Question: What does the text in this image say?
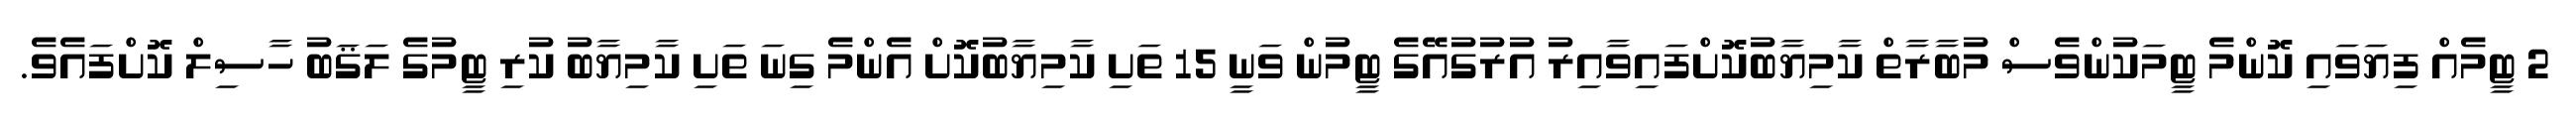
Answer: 2 ޓީމެއް ފިޔަވައި ކޮންމެ ޓީމަކުންވެސް މުބާރާތް ކާމިޔާބުކޮށްފައިވާއިރު އުރުގުއޭގެ ޓީމުން ވަނީ 15 ތަށި ކާމިޔާބުކޮށް އެންމެ ގިނަ ތަށި ކާމިޔާބު ކުރި ޓީމުގެ ލަޤަބު ހާސިލް ކޮށްފައެވެ.